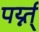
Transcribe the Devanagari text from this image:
पर्य्न्त्